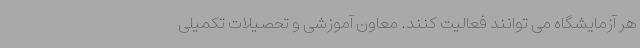
هر آزمایشگاه می توانند فعالیت کنند. معاون آموزشی و تحصیلات تکمیلی